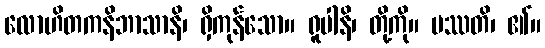
လောဟိတကနိဘာသာနိ၊ ရှိကုန်သော။ ရူပါနိ၊ တို့ကို။ ပဿတိ၊ ၏။